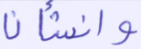
وأنشأنا